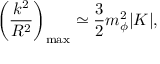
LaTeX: \left( \frac { k ^ { 2 } } { R ^ { 2 } } \right) _ { \mathrm { { m a x } } } \simeq \frac { 3 } { 2 } m _ { \phi } ^ { 2 } | K | ,